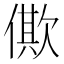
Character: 僛